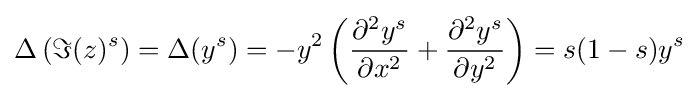
\Delta \left(\Im (z)^{s}\right)=\Delta (y^{s})=-y^{2}\left({\frac {\partial ^{2}y^{s}}{\partial x^{2}}}+{\frac {\partial ^{2}y^{s}}{\partial y^{2}}}\right)=s(1-s)y^{s}